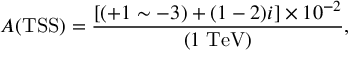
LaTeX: { \cal A } ( \mathrm { T S S } ) = \frac { \left[ ( + 1 \sim - 3 ) + ( 1 - 2 ) i \right] \times 1 0 ^ { - 2 } } { ( 1 \; \mathrm { T e V } ) } ,